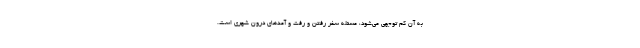
به آن کم توجهی می‌شود، مسئله سفر رفتن و رفت و آمدهای درون شهری است.